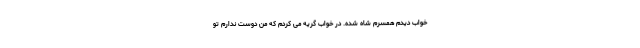
خواب دیدم همسرم شاه شده. در خواب گریه می کردم که من دوست ندارم تو